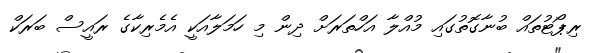
ރިޕޯޓުތައް ބުނާގޮތުގައި މުއްލާ އަހްތަރަށް ދިން މި ހަމަލާއަކީ އެމެރިކާގެ ރައީސް ބަރަކް